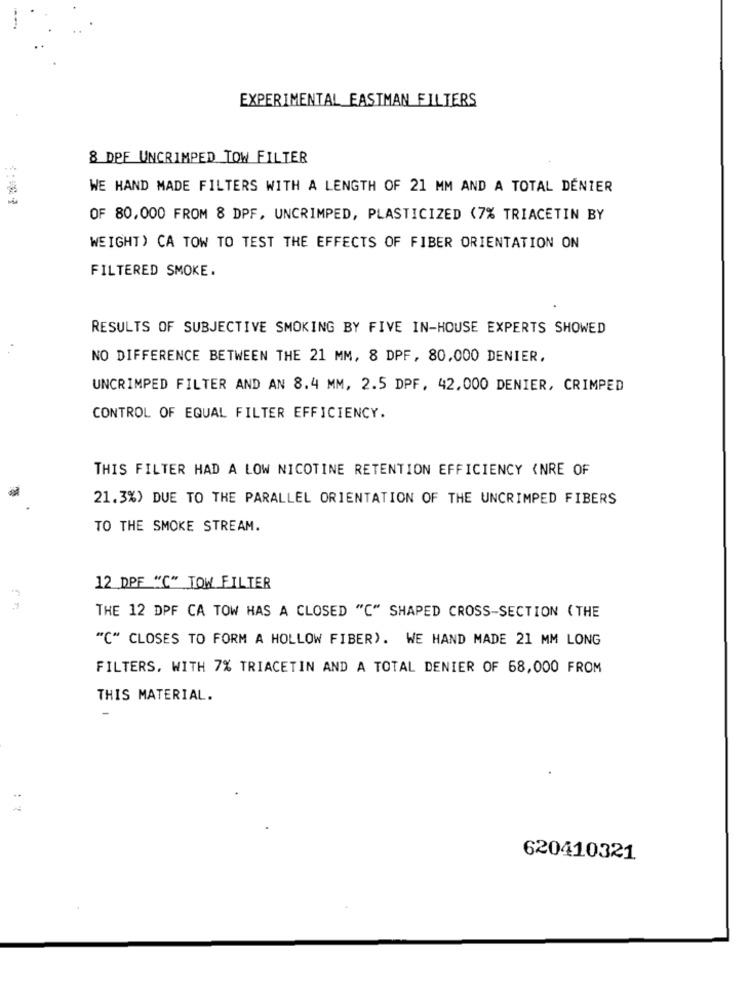
EXPERIMENTAL EASTMAN FILTERS
8 DPF UNCRIMPED TOW FILTER
WE HAND MADE FILTERS WITH A LENGTH OF 21 MM AND A TOTAL DENIER
OF 80,000 FROM 8 DPF, UNCRIMPED, PLASTICIZED (7% TRIACETIN BY
WEIGHT) CA TOW TO TEST THE EFFECTS OF FIBER ORIENTATION ON
FILTERED SMOKE.
RESULTS OF SUBJECTIVE SMOKING BY FIVE IN-HOUSE EXPERTS SHOWED
NO DIFFERENCE BETWEEN THE 21 MM, 8 DPF, 80,000 DENIER.
UNCRIMPED FILTER AND AN 8.4 MM, 2.5 DPF. 42,000 DENIER, CRIMPED
CONTROL OF EQUAL FILTER EFFICIENCY.
THIS FILTER HAD A LOW NICOTINE RETENTION EFFICIENCY <NRE OF
21.3%) DUE TO THE PARALLEL ORIENTATION OF THE UNCRIMPED FIBERS
TO THE SMOKE STREAM.
12 DPF "C" TOW FILTER
THE 12 DPF CA TOW HAS A CLOSED "C" SHAPED CROSS-SECTION ( THE
"C" CLOSES TO FORM A HOLLOW FIBER). WE HAND MADE 21 MM LONG
FILTERS, WITH 7% TRIACETIN AND A TOTAL DENIER OF 68,000 FROM
THIS MATERIAL.
: ₹
620410321